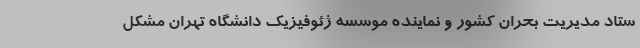
ستاد مدیریت بحران کشور و نماینده موسسه ژئوفیزیک دانشگاه تهران مشکل